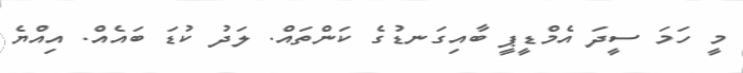
މީ ހަމަ ސީދަ އެމްޑީޕީ ބާއިގަނޑުގެ ކަންތައް. ލަދު ކުޑަ ބައެއް. އިއްޔެ